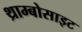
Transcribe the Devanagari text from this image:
थ्राम्बोसाइट